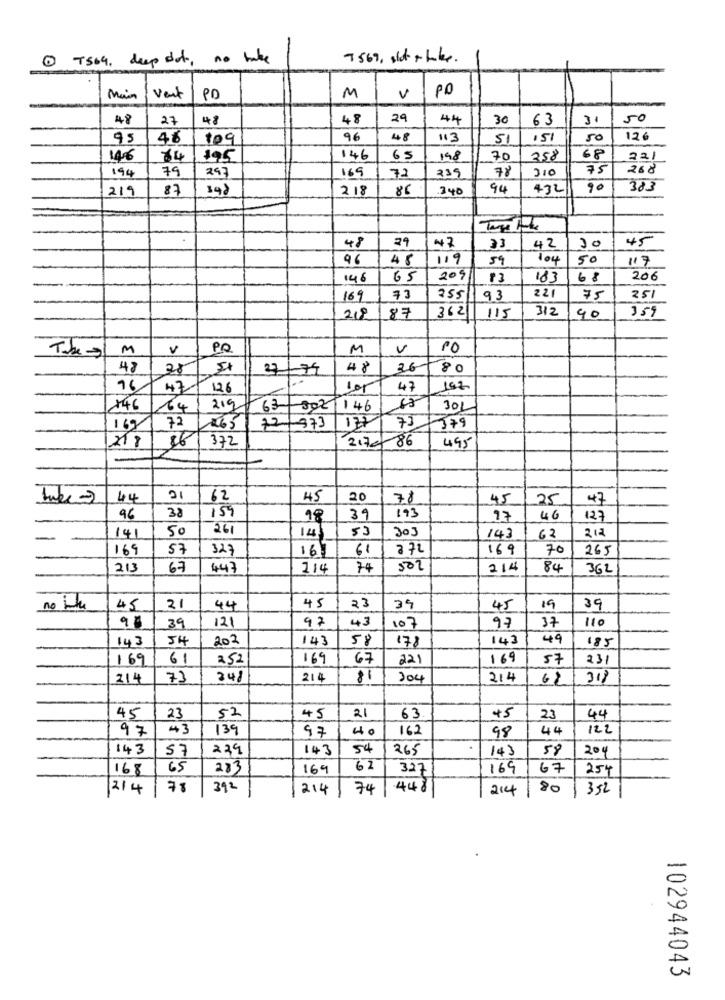
1 750G, deep dot, no bake
7569, shut + Like.
M
po
Main
vent
PO
V
48
27
48
48
29
44
30
63
50
95
109
96
48
113
151
50
12€
146
84
195
146
65
198
70
358
68
221
194
79
297
169
72
78
210
75
268
239
219
87
218
86
340
94
432
90
383
Tapete
29
47
45
48
23
42
30
96
48
119
59
104
50
117
146
65
209
₹3
183
206
221
169
73
255/
93
75
251
312
359
218
87
362
115
40
M
V
PO
M
v
10
47
28
27/79
48
26
8 0
96
47
126
101
47
197
146
64
219
63
146
30
177
1379
169
72
72/973
73
372
495
218
2/70/86
-
44
01
62
45
20
78
45
25
47
38
96
159
18
39
193
46
127
50
261
53
305
212
141
14)
143
62
169
57
327
16/
61
372
169
70
265
213
67
447
114
74
502
214
84
362
no Lle
45
21
44
4 5
23
45
19
39
121
92
43
37
110
39
107
97
143
54
202
143
58
178
143
49
185
169
61
252
169
67
22
169
57
231
214
73
248
214
81
304
214
62
318
45
23
52
+ 5
21
63
45
23
44
97
43
139
97
40
162
44
122
98
143
5
229
143
54
265
143
58
204
168
65
283
169
62
327
169
67
254
214
78
392
214
74
448
214
80
352
102944043